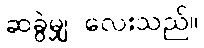
ဆခွဲမျှ လေးသည်။